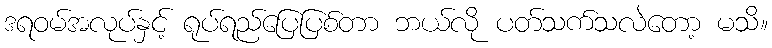
ဒရဝမ်အလုပ်နှင့် ရုပ်ရည်ပြေပြစ်တာ ဘယ်လို ပတ်သက်သလဲတော့ မသိ။